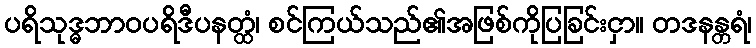
ပရိသုဒ္ဓဘာဝပရိဒီပနတ္ထံ၊ စင်ကြယ်သည်၏အဖြစ်ကိုပြခြင်းငှာ။ တဒနန္တရံ၊